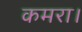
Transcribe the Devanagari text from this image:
कमरा।